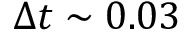
\Delta t \sim 0 . 0 3